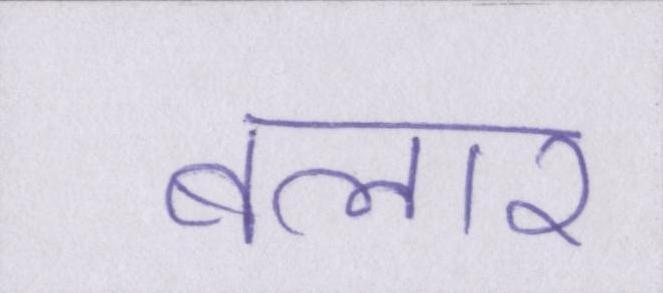
बलार